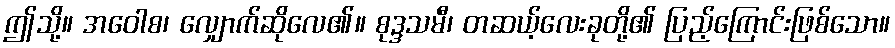
ဤသို့။ အဝေါစ၊ လျှောက်ဆိုလေ၏။ စုဒ္ဒသမီ၊ တဆယ့်လေးခုတို့၏ ပြည့်ကြောင်းဖြစ်သော။